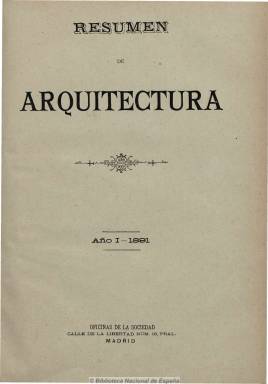
Título: Resumen de arquitectura
Otros títulos: Revista de la Sociedad Central de Arquitectos y Resumen de arquitectura
Colección: Arquitectura y construcción
Ámbito geográfico: Madrid
Lugar de publicación: Madrid
Fechas: 31/01/1891-01/12/1898

Publicación oficial de la Sociedad Central de Arquitectos, corporación profesional fundada en 1849 y antecedente de los colegios profesionales que comenzaron a instituirse en España en 1929. Esta revista comienza a editarse en 1891, al objeto de incluir en sus entregas grabados, artículos y estudios que a su vez deja de insertar la Revista de la Sociedad Central de Arquitectos, que esta institucional radicada en Madrid pero de ámbito nacional venía publicando también desde 1876, y que también forma parte de la Hemeroteca Digital de la Biblioteca Nacional de España.

La periodicidad de esta nueva publicación periódica será mensual, y contiene estudios artísticos y científicos relacionados con la práctica de la arquitectura, dando a conocer las características de los nuevos edificios construidos recientemente por los arquitectos españoles, como el de la nueva Bolsa de Madrid o el del Banco de España; así como crónicas, noticias, biografías, bibliografía o concursos.

Aunque no de forma abundante, incluirá algunos grabados y, especialmente, una lámina en cada número, tanto de edificios modernos como de otros monumentales. Se editará en números de paginación variada, y en el primero de cada año ofrece un índice de materias.

A partir de 1899, la sociedad decide unificar en un solo título sus dos publicaciones, comenzado así la edición de Resumen de arquitectura, Revista de la Sociedad Central de Arquitectos, que también forma parte de esta Hemeroteca Digital de la BNE.